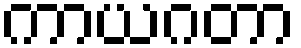
ကာယဂတာ